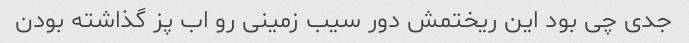
جدی چی بود این ریختمش دور سیب زمینی رو اب پز گذاشته بودن